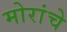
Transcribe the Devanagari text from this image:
मोरांचे